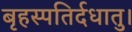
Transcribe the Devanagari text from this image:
बृहस्पतिर्दधातु।